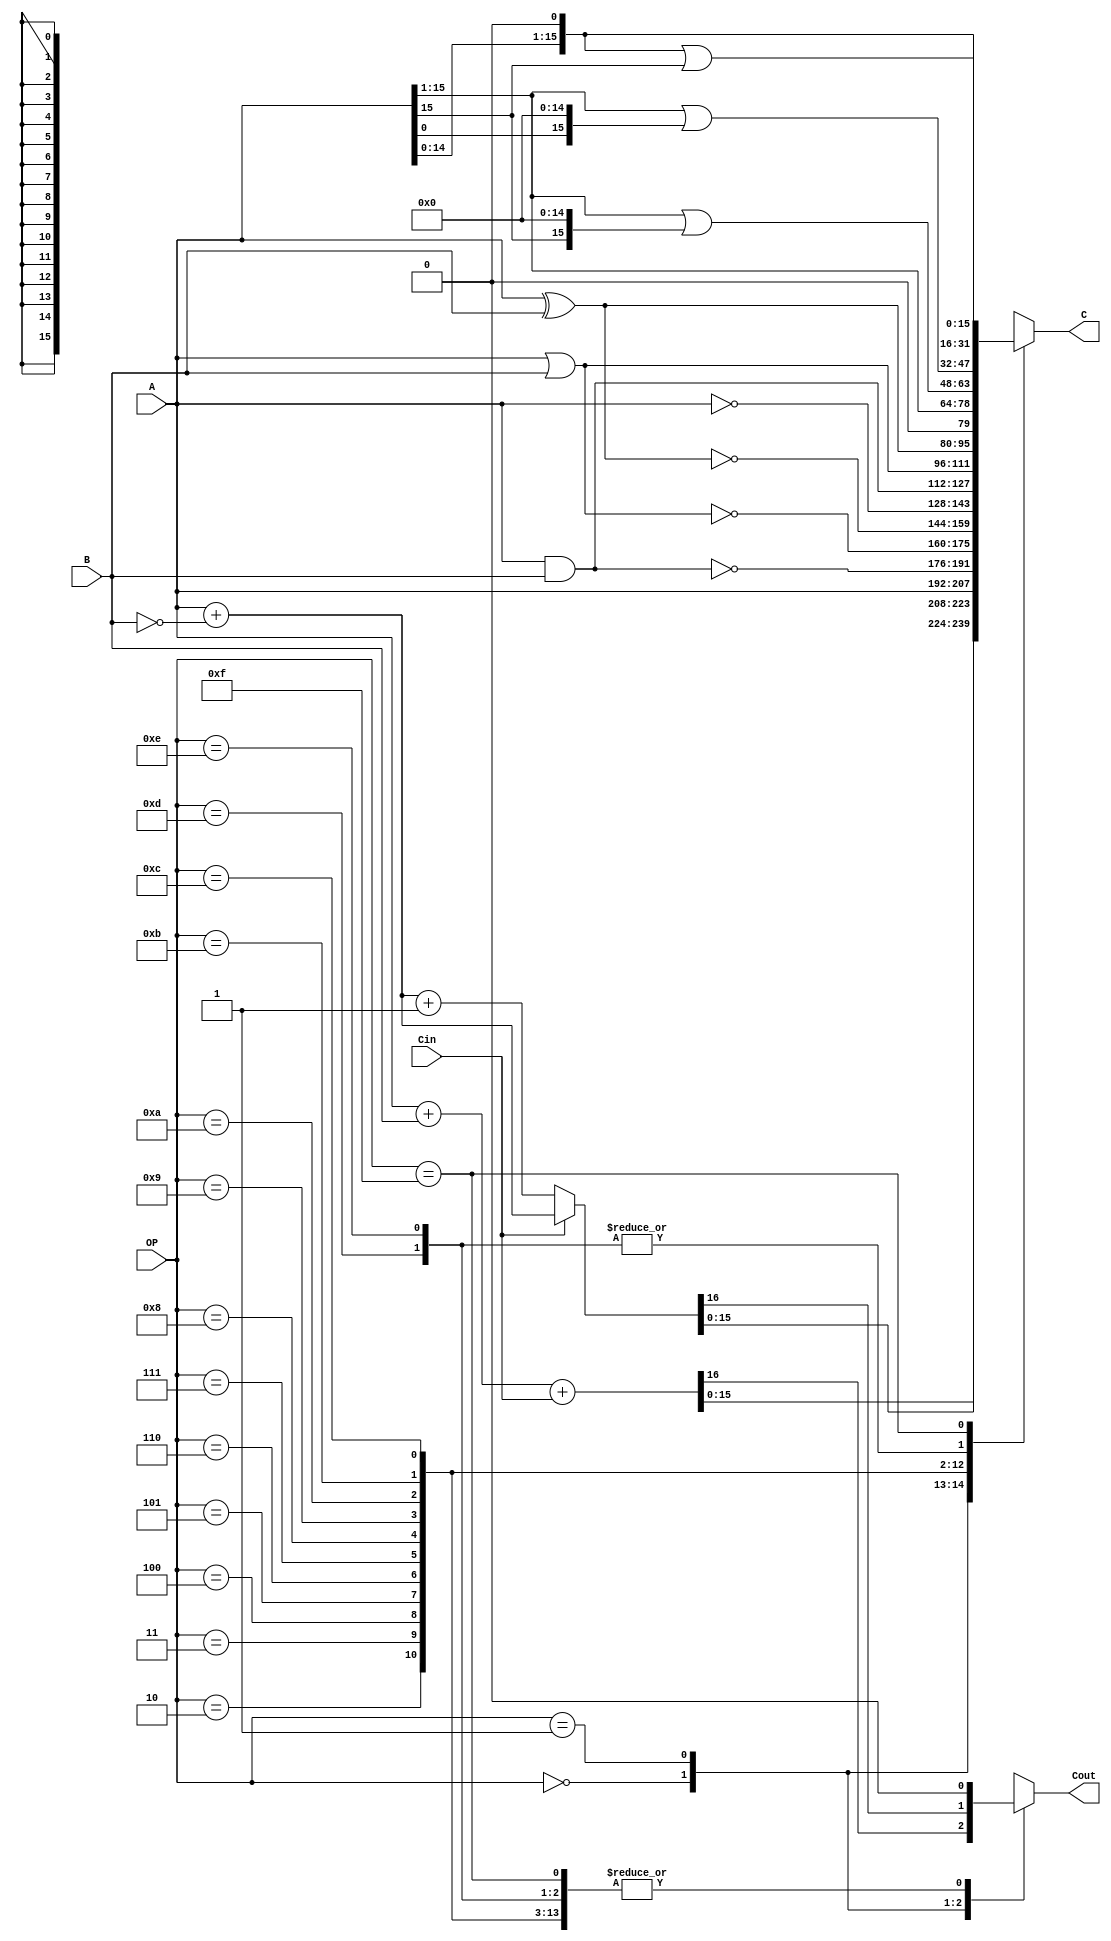
//////////////////////////////////////////////////////////////////////////////////
// Company: 
// Engineer: 
// 
// Design Name: 
// Module Name: ALU
// Project Name: 
// Target Devices: 
// Tool Versions: 
// Description: 
// 
// Dependencies: 
// 
// Revision:
// Revision 0.01 - File Created
// Additional Comments:
// 
//////////////////////////////////////////////////////////////////////////////////
`define	OP_ADD  4'b0000
`define	OP_SUB	4'b0001
//  Bitwise Boolean operation
`define	OP_ID	4'b0010
`define	OP_NAND	4'b0011
`define	OP_NOR	4'b0100
`define	OP_XNOR	4'b0101
`define	OP_NOT	4'b0110
`define	OP_AND	4'b0111
`define	OP_OR	4'b1000
`define	OP_XOR	4'b1001
// Shifting
`define	OP_LRS	4'b1010
`define	OP_ARS	4'b1011
`define	OP_RR	4'b1100
`define	OP_LLS	4'b1101
`define	OP_ALS	4'b1110
`define	OP_RL	4'b1111


module ALU(
    input [15:0] A,
    input [15:0] B,
    input Cin,
    input [3:0] OP,
    output reg Cout,
    output reg [15:0] C
    );
    reg[16:0] temp;
    
    always @(*) begin
        case (OP)
            //OP_ADD and OP_SUB need one more bit to caculate overflow bit
            `OP_ADD : begin
                temp = A + B + {15'b0, Cin};
                C = temp[15:0];
                Cout = temp[16];
            end

            `OP_SUB : begin
                //using two's complement
                temp = Cin ? A + ~B : A + ~B + 16'b1;
                //Carry is overflow bit
                Cout = temp[16];
                C = temp[15:0];
            end

            `OP_ID : begin
                C = A;
                Cout = 0;
            end

            `OP_NAND : begin
                C = ~(A & B);
                Cout = 0;
            end

            `OP_NOR : begin
                C = ~(A | B);
                Cout = 0;
            end

            `OP_XNOR : begin
                C = ~(A ^ B);
                Cout = 0;
            end

            `OP_NOT : begin
                C = ~A;
                Cout = 0;
            end

            `OP_AND : begin
                C = A & B;
                Cout = 0;
            end

            `OP_OR : begin
                C = A | B;
                Cout = 0;
            end
            `OP_XOR : begin 
                C = A ^ B;
                Cout = 0;
            end

            `OP_LRS : begin
                C = A >> 1;
                Cout = 0;
            end

            `OP_ARS : begin
                //add 1 to MSB if A's MSB is 1
                C = (A >> 1) | {A[15], 15'b0};
                Cout = 0;
            end

            `OP_RR : begin
                //add 1 to MSB if A's LSB is 1
                C = (A >> 1) | {A[0], 15'b0};
                Cout = 0;
            end

            `OP_LLS : begin 
                C = A << 1;
                Cout = 0;
            end

            //ALS = LLS..
            `OP_ALS :  begin
                C = A << 1;
                Cout = 0;
            end

            `OP_RL : begin
                //add 1 to LSB if A's MSB is 1
                C = (A << 1) | {15'b0, A[15]};
                Cout = 0;
            end

            default : begin
                C = A;
                Cout = 0;
            end
        endcase
    end
endmodule